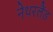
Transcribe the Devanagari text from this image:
नेथरलैंड